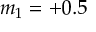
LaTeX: m _ { 1 } = + 0 . 5